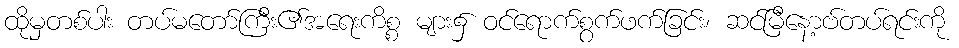
ထိုမှတစ်ပါး တပ်မတော်ကြီး၏အရေးကိစ္စ များ၌ ဝင်ရောက်စွက်ဖက်ခြင်း၊ ဆင်မြီနော့ဗ်တပ်ရင်းကို